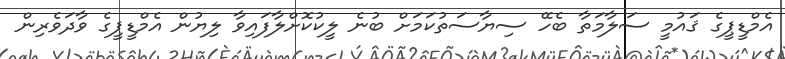
އެމްޑީޕީގެ ޤައުމީ ސަލާމަތާ ބެހޭ ސިޔާސަތުކަމަށް ބުނެ ލީކުކޮށްލާފައިވާ ލިޔުން އެމްޑީޕީގެ ވާދަވެރިން